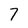
Character: 7